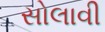
સોલાવી